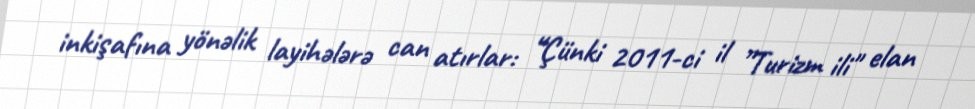
inkişafına yönəlik layihələrə can atırlar: “Çünki 2011-ci il ”Turizm ili" elan